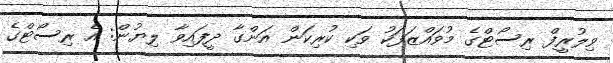
ވިލުރީފް ރިސޯޓްގެ މުވައްޒަފަކު ވަކި ކުރިކަން އަންގާ ދީފައިވާ ލިޔުން: އެ ރިސޯޓްގެ